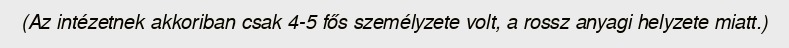
(Az intézetnek akkoriban csak 4-5 fős személyzete volt, a rossz anyagi helyzete miatt.)